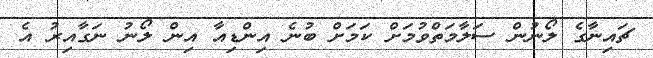
ޗައިނާގެ ލޯނުން ސަލާމަތްވުމަށް ކަމަށް ބުނެ އިންޑިއާ އިން ލޯނު ނަގާއިރު އެ